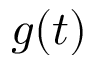
g ( t )